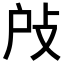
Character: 𢻻